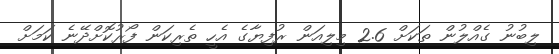
ލިބުނު ގެއްލުން ތަކަށް 2.6 މިލިއަން ރުފިޔާގެ އެހީ ތެރިކަން ފޯރުކޮށްދޭނެ ކަމަށް